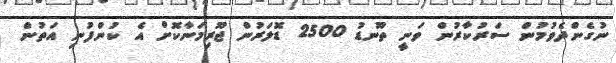
ނުގެންދެވުމުން ސަރުކާރުން ވަނީ ތޫނޑު 2500 ޑޮލަރުން ޖޫރިމަނާކޮށް އެ ކުންފުނި އަތުން